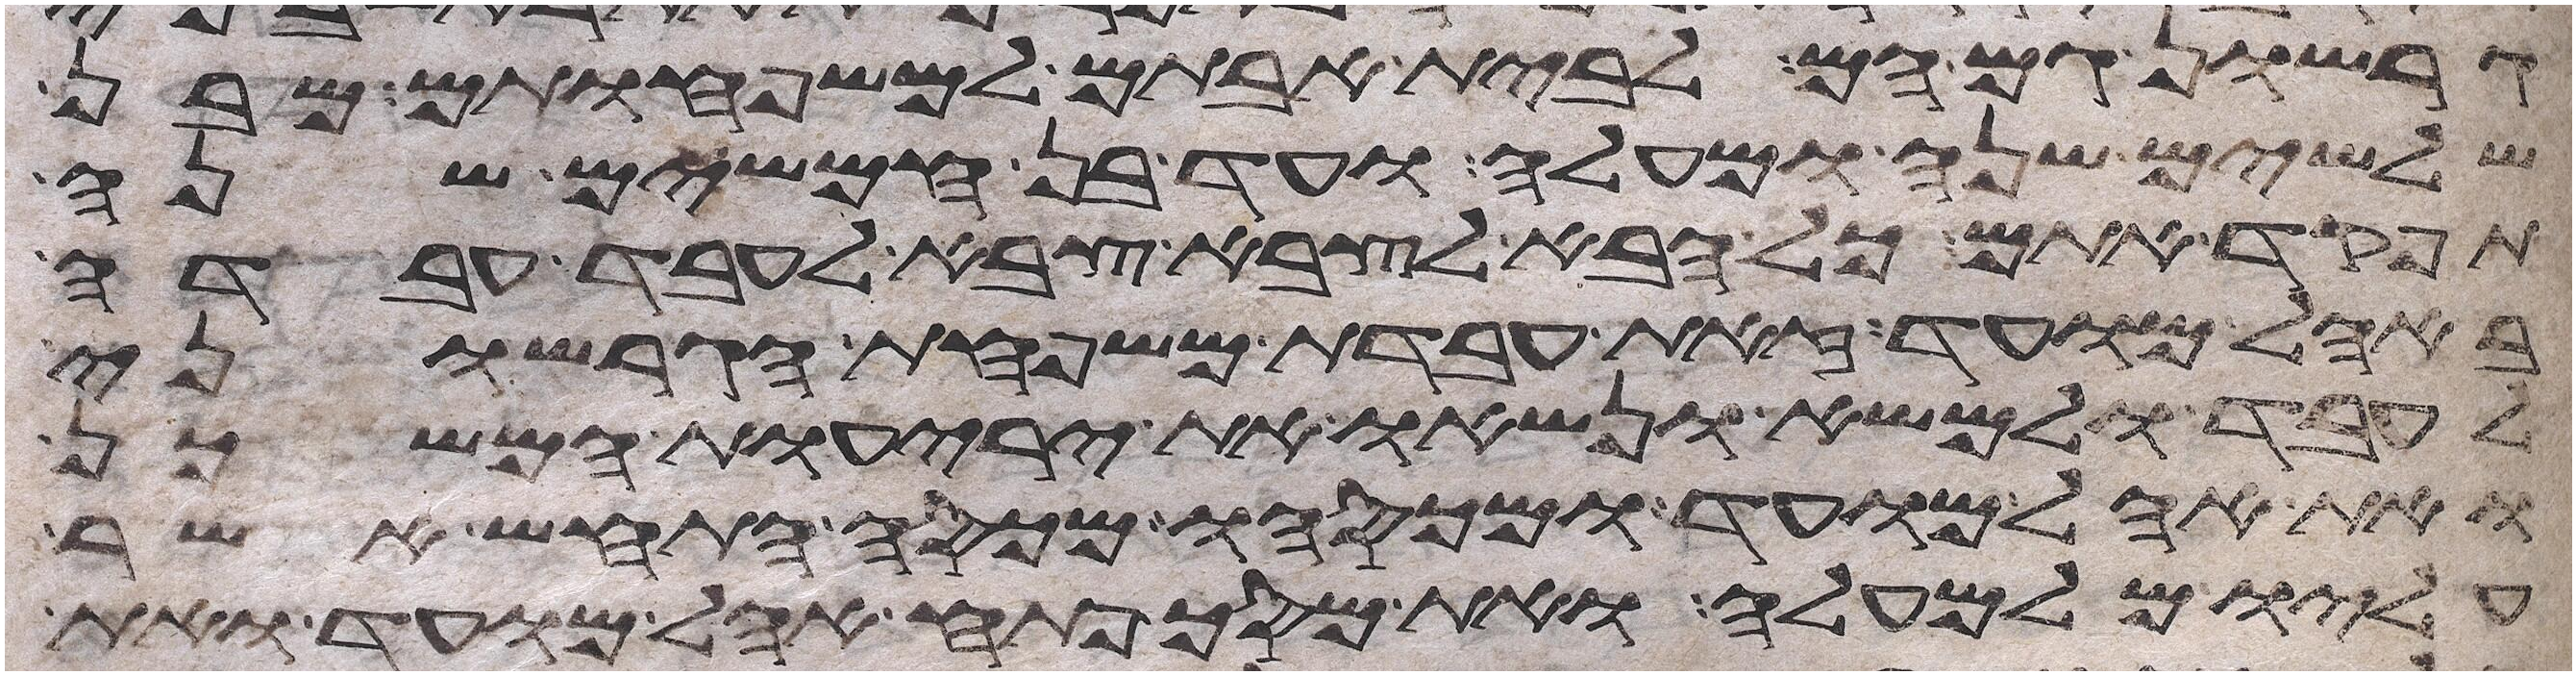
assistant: גרשון גם הם לבית אבותם למשפחותם מבן
שלשים שנה ומעלה ועד בן חמשים שנה
תפקד אתם כל הבא לצבא צבא לעבד עבדה
באהל מועד זאת עבדת משפחת הגרשוני
לעבד ולמשא ונשאו את יריעות המשכן
ואת אהל מועד מכסהו ומכסה התחש אשר
עליו מלמעלה ואת מסך פתח אהל מועד ואת